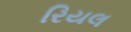
રિયલ